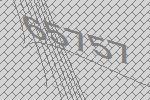
65757